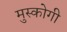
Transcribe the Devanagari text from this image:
मुस्कोगी